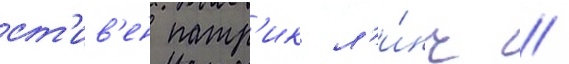
ст'ив'ен патр'ик л'и́нч //